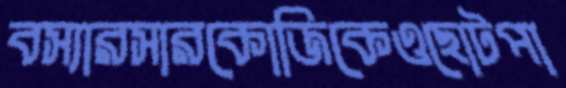
বস্যারসারকোজিকেওছোটপা